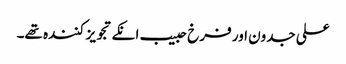
علی جدون اور فرخ حبیب انکے تجویز کنندہ تھے۔